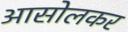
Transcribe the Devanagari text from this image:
आसोलकर